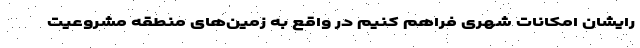
رایشان امکانات شهری فراهم کنیم در واقع به زمین‌های منطقه مشروعیت